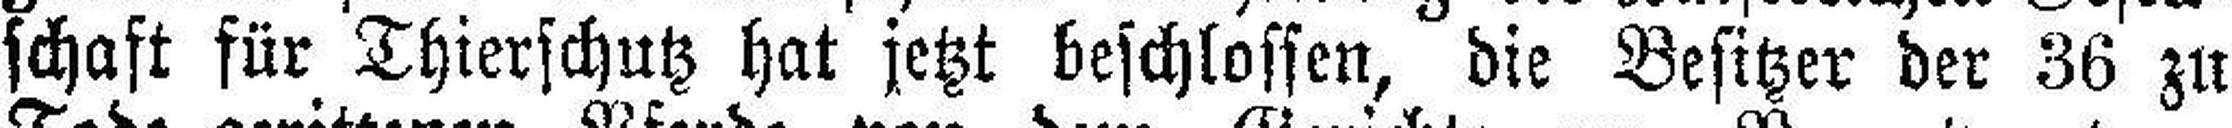
schaft für Thierschutz hat jetzt beschlossen, die Besitzer der 36 zu